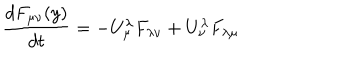
{ \frac { d F _ { \mu \nu } ( y ) } { d t } } = - U _ { \mu } ^ { \lambda } F _ { \lambda \nu } + U _ { \nu } ^ { \lambda } F _ { \lambda \mu }